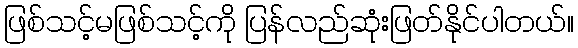
ဖြစ်သင့်မဖြစ်သင့်ကို ပြန်လည်ဆုံးဖြတ်နိုင်ပါတယ်။